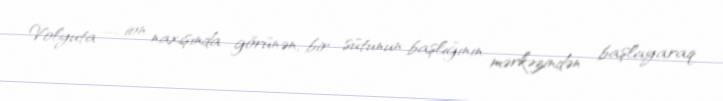
Volyuta — ion naxışında görünən, bir sütunun başlığının mərkəzindən başlayaraq